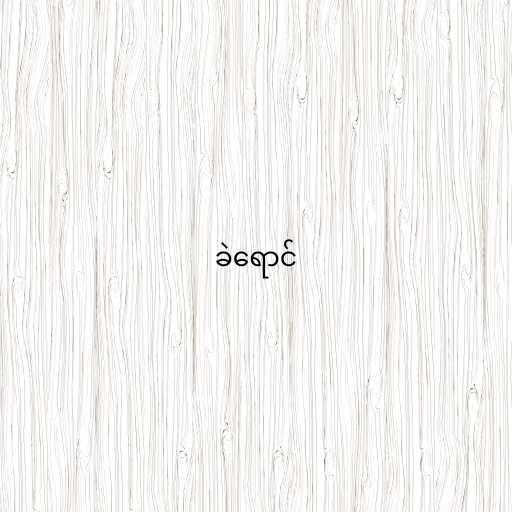
ခဲရောင်